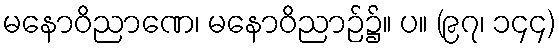
မနောဝိညာဏေ၊ မနောဝိညာဉ်၌။ ပ။ (၉၇၊ ၁၄၄)